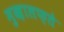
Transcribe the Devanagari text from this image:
मुख़ालफ़ते